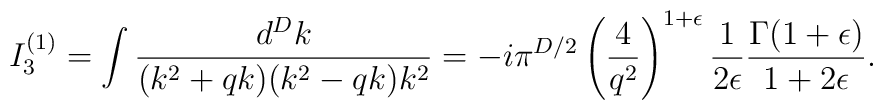
I_3^{(1)}=\int\frac{d^Dk}{(k^2+qk)(k^2-qk)k^2}=-i\pi^{D/2}\left(\frac{4}{q^2}\right)^{1+\epsilon}\frac{1}{2\epsilon}\frac{\Gamma(1+\epsilon)}{1+2\epsilon}.